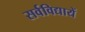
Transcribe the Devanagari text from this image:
सर्वविद्यायें